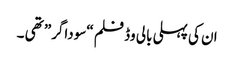
ان کی پہلی بالی وڈ فلم “سوداگر” تھی ۔